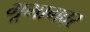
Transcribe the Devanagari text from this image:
भूभागवर